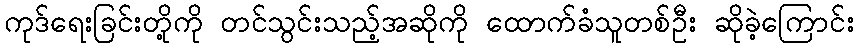
ကုဒ်ရေးခြင်းတို့ကို တင်သွင်းသည့်အဆိုကို ထောက်ခံသူတစ်ဦး ဆိုခဲ့ကြောင်း